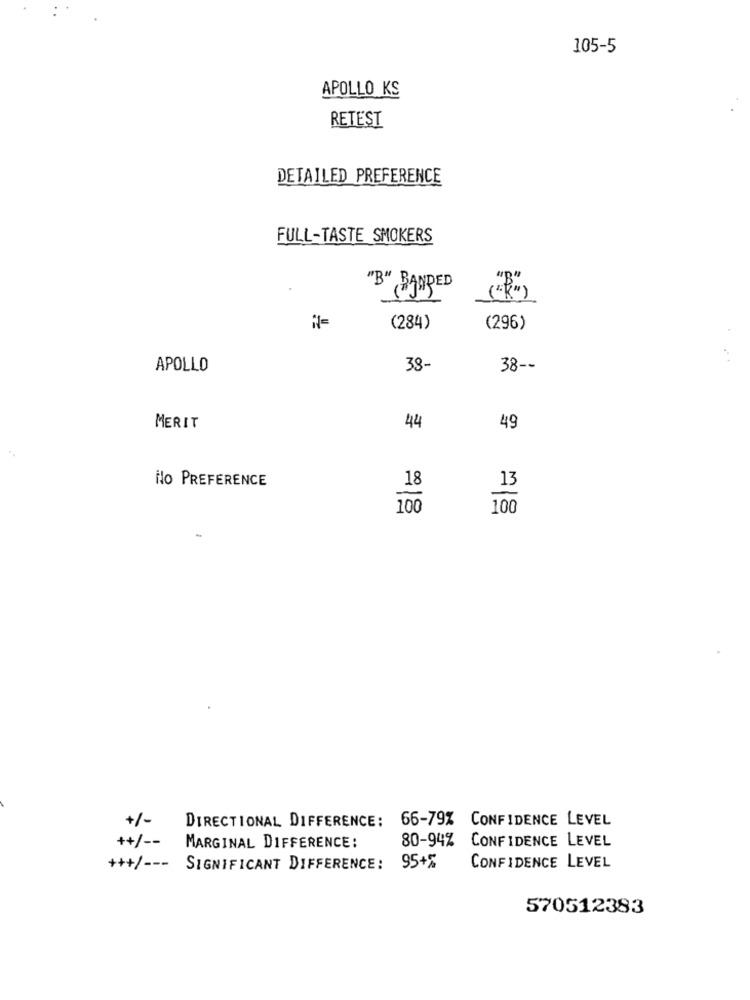
105-5
APOLLO KS
RETEST
DETAILED PREFERENCE
FULL-TASTE SMOKERS
"B" BANDED
(284)
(296)
APOLLO
38-
38 --
MERIT
44
49
No PREFERENCE
18
13
100
100
+/-
DIRECTIONAL DIFFERENCE: 66-79% CONFIDENCE LEVEL
+/ --
CONFIDENCE LEVEL
MARGINAL DIFFERENCE:
80-94%
CONFIDENCE LEVEL
+++/ ---
SIGNIFICANT DIFFERENCE:
95+%
570512383